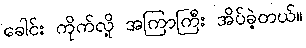
ခေါင်း ကိုက်လို့ အကြာကြီး အိပ်ခဲ့တယ်။